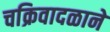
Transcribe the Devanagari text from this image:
चक्रिवादळाने